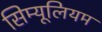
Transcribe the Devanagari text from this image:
सिम्यूलियम